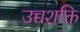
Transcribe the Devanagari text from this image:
उच्चशक्ति